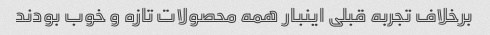
برخلاف تجربه قبلی اینبار همه محصولات تازه و خوب بودند